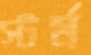
স্টর্ম